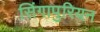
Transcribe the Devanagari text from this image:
सिंगापुरियन